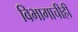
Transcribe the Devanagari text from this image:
विभागाचीही